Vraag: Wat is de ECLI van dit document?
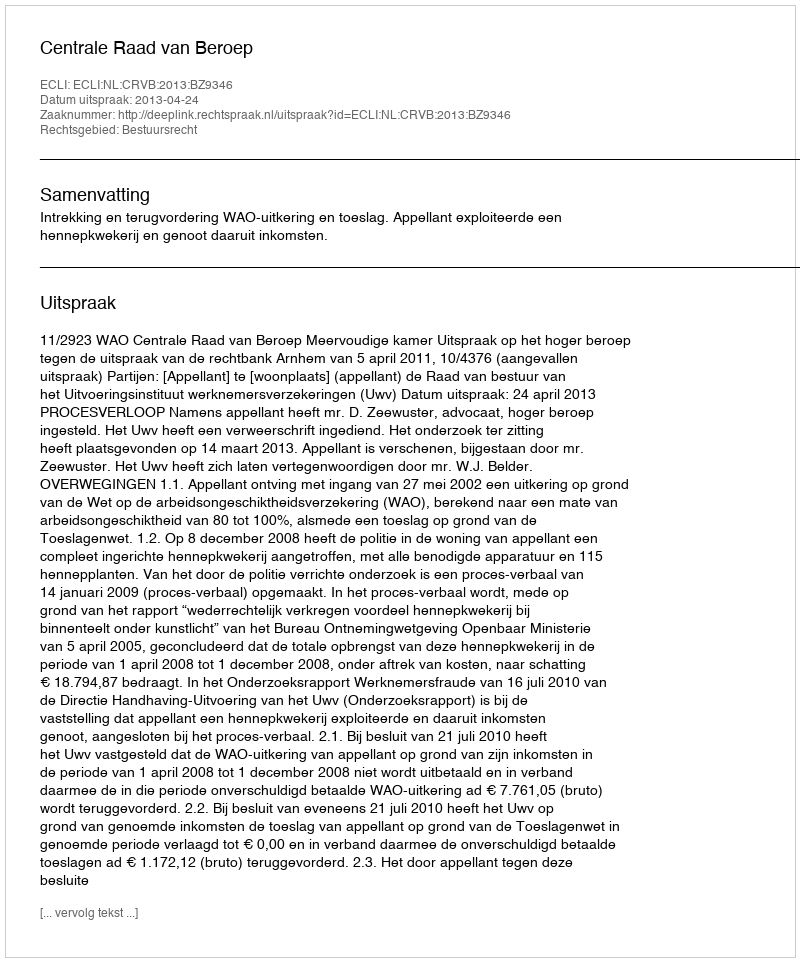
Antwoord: ECLI:NL:CRVB:2013:BZ9346